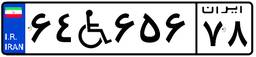
۹۷W۹۰۶۴۰